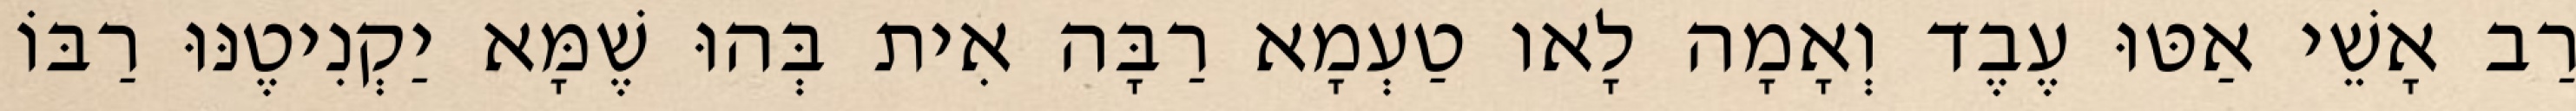
רַב אָשֵׁי אַטּוּ עֶבֶד וְאָמָה לָאו טַעְמָא רַבָּה אִית בְּהוּ שֶׁמָּא יַקְנִיטֶנּוּ רַבּוֹ